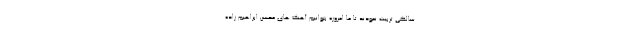
سالگی تربیت نمودند تا ما امروزه بتوانیم آهنگ های محسن ابراهیم زاده